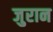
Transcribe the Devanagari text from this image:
जुरान